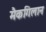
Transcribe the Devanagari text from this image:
मैकगिलान